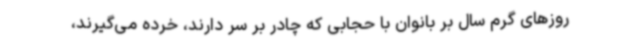
روزهای گرم سال بر بانوان با حجابی که چادر بر سر دارند، خرده می‌گیرند،